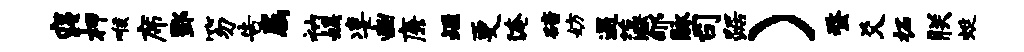
寝柙喉席酆笏告属衲娱凄豳廉垣更淹碚妨遇藻郇脉司踞）蝥爻柘朕蜓